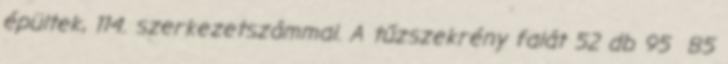
épültek, 114. szerkezetszámmal. A tűzszekrény falát 52 db 95 85